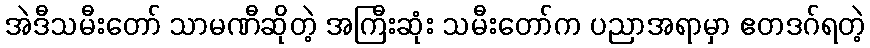
အဲဒီသမီးတော် သာမဏီဆိုတဲ့ အကြီးဆုံး သမီးတော်က ပညာအရာမှာ ဧတဒဂ်ရတဲ့